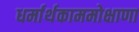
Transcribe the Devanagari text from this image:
धर्मार्थकाममोक्षाणा